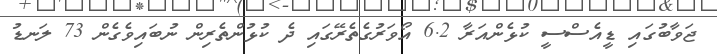
ޖަވާބުގައި ޑީއެސްސީ ކުޅެންއަރާ 6.2 އޯވަރުގެތެރޭގައި ދެ ކުޅުންތެރިން ނުބައިވެގެން 73 ލަނޑު